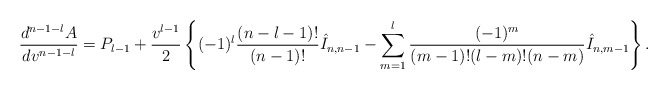
\begin{align*} \frac{d^{n-1-l}A}{dv^{n-1-l}}=P_{l-1}+\frac{v^{l-1}}{2}\left\{(-1)^l\frac{(n-l-1)!}{(n-1)!}\hat{I}_{n,n-1}-\sum_{m=1}^l\frac{(-1)^m}{(m-1)!(l-m)!(n-m)}\hat{I}_{n,m-1}\right\}.\end{align*}